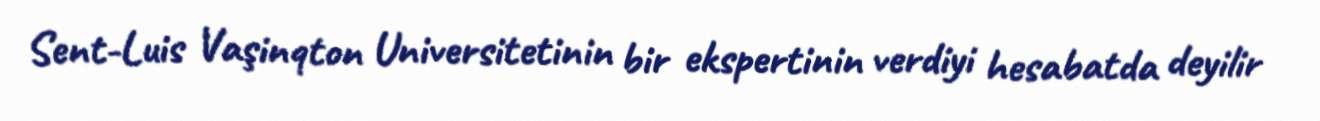
Sent-Luis Vaşinqton Universitetinin bir ekspertinin verdiyi hesabatda deyilir